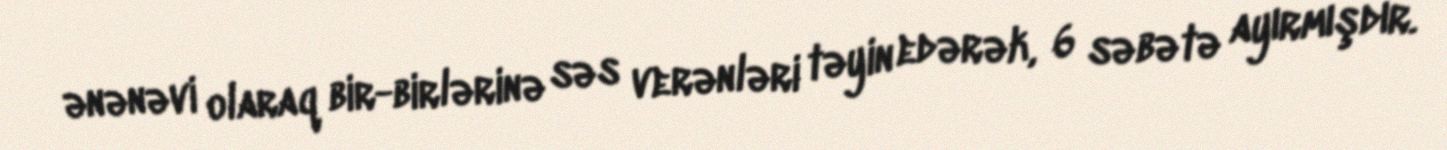
ənənəvi olaraq bir-birlərinə səs verənləri təyin edərək, 6 səbətə ayırmışdır.